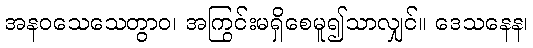
အနဝသေသေတွာဝ၊ အကြွင်းမရှိစေမူ၍သာလျှင်။ ဒေသနေန၊